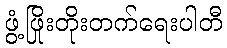
ဖွံ့ဖြိုးတိုးတက်ရေးပါတီ